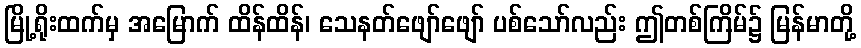
မြို့ရိုးထက်မှ အမြောက် ထိန်ထိန်၊ သေနတ်ဖျော်ဖျော် ပစ်သော်လည်း ဤတစ်ကြိမ်၌ မြန်မာတို့